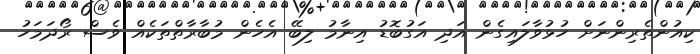
ކިއުންތެރިންނަށް ހުޅުވާލައިގެން އަދި އަގުބޮޑު އިނާމު ލިބޭ އެހެން މުބާރާތްތަކެއް ވެސް ރޯދަމަހު